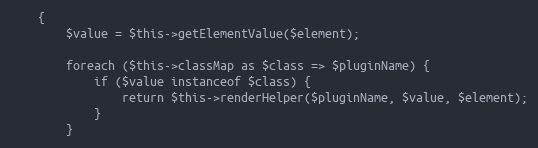
Language: PHP
    {
        $value = $this->getElementValue($element);

        foreach ($this->classMap as $class => $pluginName) {
            if ($value instanceof $class) {
                return $this->renderHelper($pluginName, $value, $element);
            }
        }